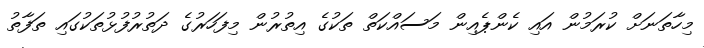
މިހާތަނަށް ކުރަމުން އައި ކެންޕެއިން މަސައްކަތް ތަކުގެ އިތުރުން މިފަހަރުގެ ދަތުރުފުޅުތަކުގައި ތަފާތު